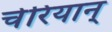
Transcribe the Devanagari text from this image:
चेरियान्